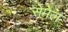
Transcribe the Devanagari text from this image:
सेमेल